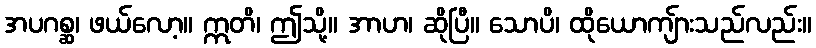
အပဂစ္ဆ၊ ဖယ်လော့။ ဣတိ၊ ဤသို့။ အာဟ၊ ဆိုပြီ။ သောပိ၊ ထိုယောကျ်ားသည်လည်း။